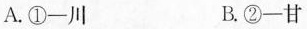
A.①-川 B.②-甘